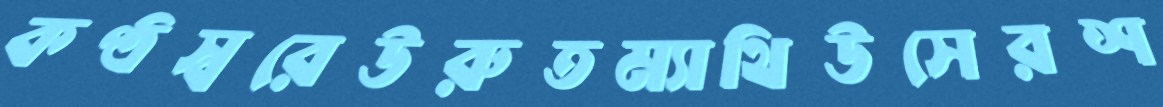
কণ্ঠস্বরেউরুতম্যাথিউসেরশ